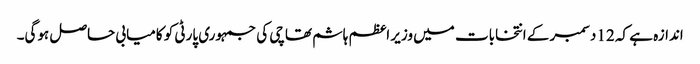
اندازہ ہے کہ 12 دسمبر کے انتخابات میں وزیر اعظم ہاشم تھاچی کی جمہوری پارٹی کو کامیابی حاصل ہوگی۔